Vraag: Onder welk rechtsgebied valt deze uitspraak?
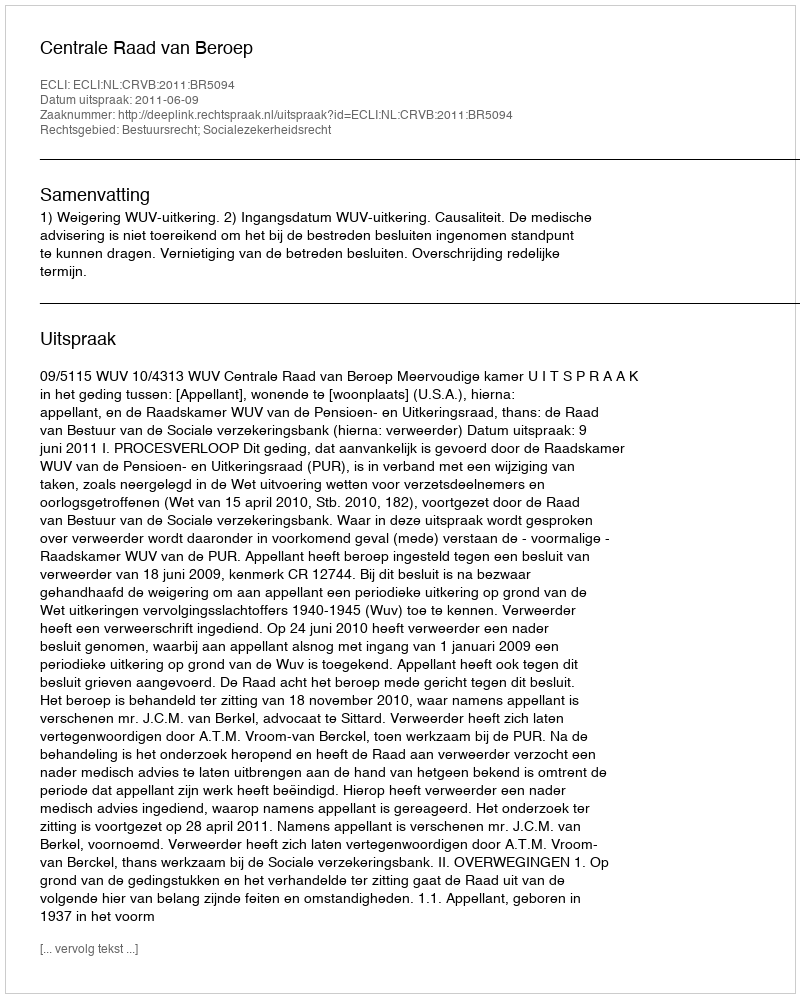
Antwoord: Bestuursrecht; Socialezekerheidsrecht